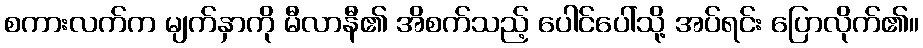
စကားလက်က မျက်နှာကို မီလာနီ၏ အိစက်သည့် ပေါင်ပေါ်သို့ အပ်ရင်း ပြောလိုက်၏။